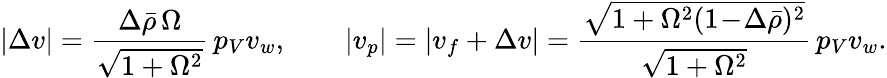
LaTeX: |\Delta v|=\frac{\Delta\bar{\rho}\, \Omega}{\sqrt{1+\Omega^{2}}}\, p_{V}v_{w},\qquad|v_{p}|=|v_{f}+\Delta v|=\frac{\sqrt{1+\Omega^{2}(1\! -\! \Delta\bar{\rho})^{2}}}{\sqrt{1+\Omega^{2}}}\, p_{V}v_{w}.